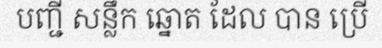
បញ្ជី សន្លឹក ឆ្នោត ដែល បាន ប្រើ